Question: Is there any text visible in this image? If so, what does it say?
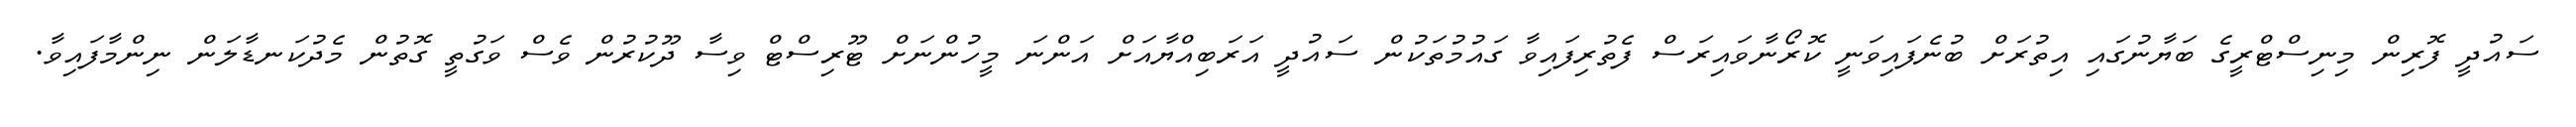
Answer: ސައުދީ ފޮރިން މިނިސްޓްރީގެ ބަޔާނުގައި އިތުރަށް ބުނެފައިވަނީ ކޮރޯނާވައިރަސް ފެތުރިފައިވާ ގައުމުތަކުން ސައުދީ އަރަބިއްޔާއަށް އަންނަ މީހުންނަށް ޓޫރިސްޓް ވިސާ ދޫކުރުން ވެސް ވަގުތީ ގޮތުން މެދުކަނޑާލަން ނިންމާފައިވާ.